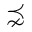
\precnsim